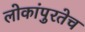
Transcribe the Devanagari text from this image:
लोकांपुरतेच